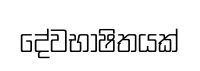
දේවභාෂිතයක්